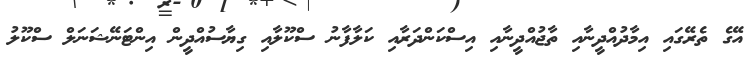
އޭގެ ތެރޭގައި އިމާދުއްދީނާއި ތާޖުއްދީނާއި އިސްކަންދަރާއި ކަލާފާނު ސްކޫލާއި ގިޔާސުއްދީން އިންޓަނޭޝަނަލް ސްކޫލު